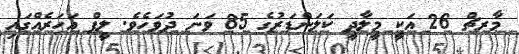
މާރޗް 26 އަކީ މީލާދީ ކަލަންޑަރުގެ 85 ވަނަ ދުވަހެވެ. ލީޕް އަހަރެއްގައި